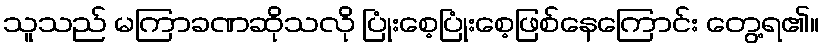
သူသည် မကြာခဏဆိုသလို ပြုံးစေ့ပြုံးစေ့ဖြစ်နေကြောင်း တွေ့ရ၏။